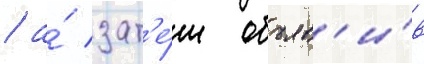
/ а́ зат'е́м объяв'и́в